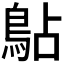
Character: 𫚳